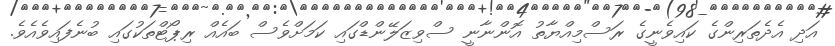
އަދި އެދެތަރިންގެ ކައިވެނީގެ ރަސްމިއްޔާތު އޮންނާނީ ސްވިޒަލޭންޑްގައި ކަމަށްވެސް ބައެއް ރިޕޯޓްތަކުގައި ބުނެފައިވެއެވެ.